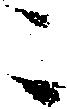
ニ